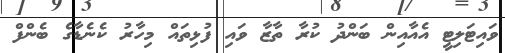
ވައިޓަލިޓީ އެއާއިން ބަންދު ކުރާ ތާޒާ ވައި ފުޅިތައް މިހާރު ކެނެޑާގެ ބެންފް